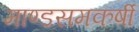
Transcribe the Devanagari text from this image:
माण्डसमकर्षी